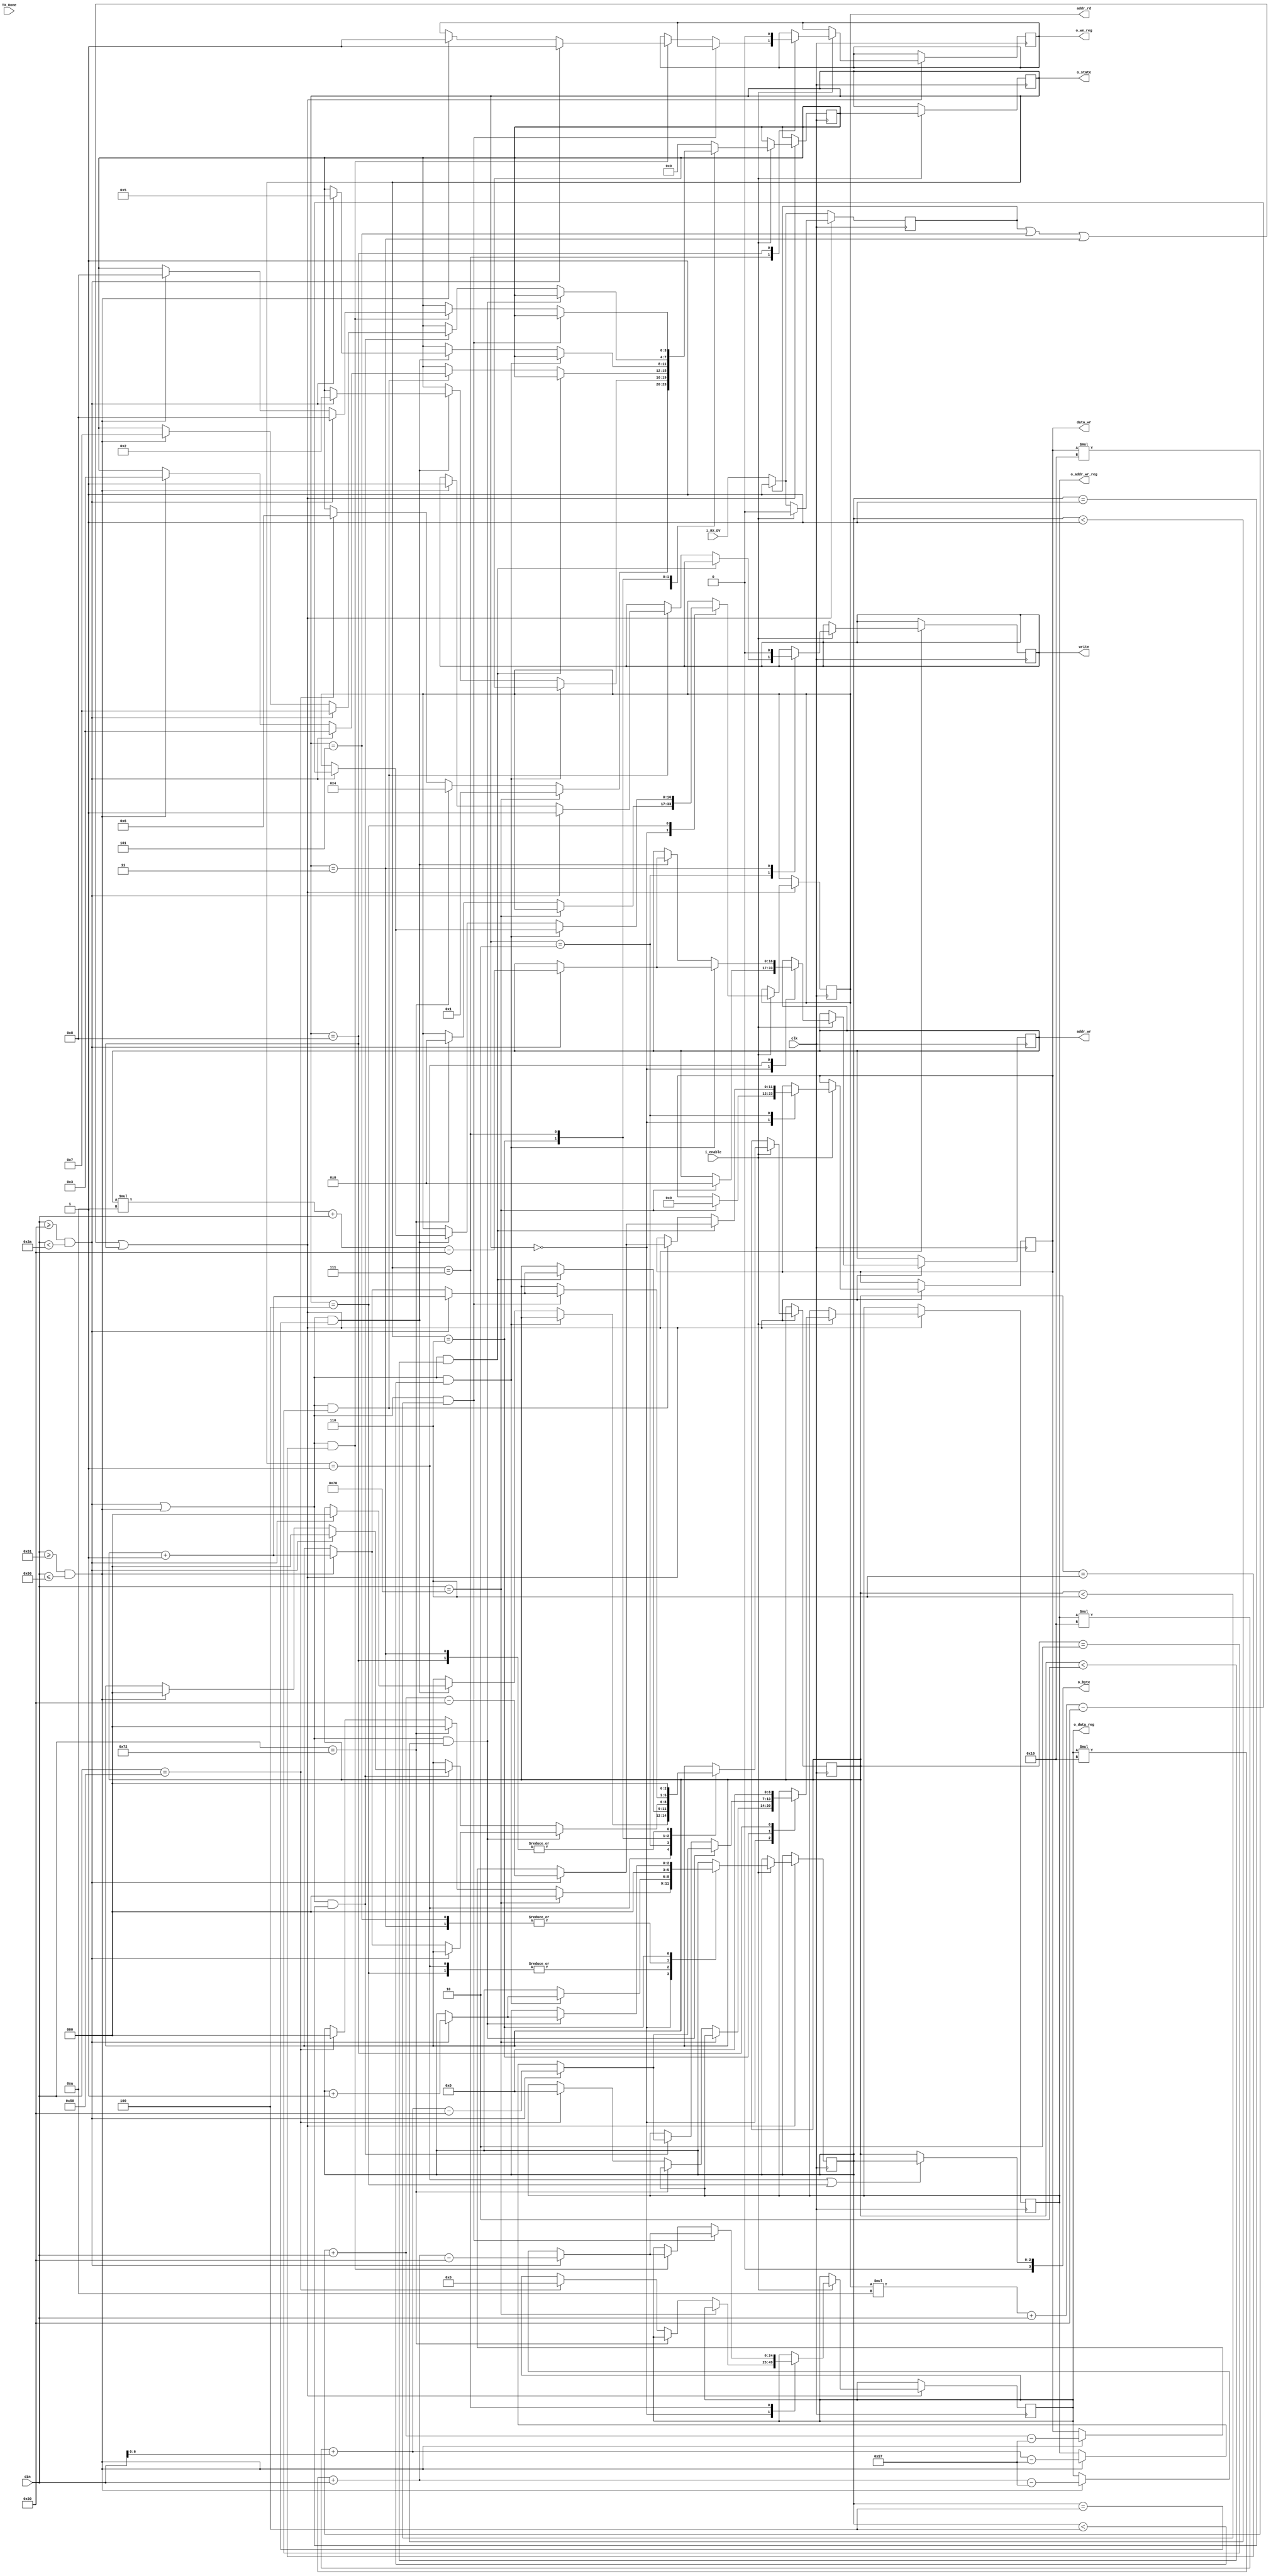
//  Address are in decimal
//  value of memory in hex
// 
// 
module com_to_mem_FSM#( parameter
    ADDR_WIDTH = 17, 
    DATA_WIDTH = 12, 
    DEPTH =  76_800,
    SIZE = 4           // size for for registers FSM
)(
    input clk,
    input i_enable,
    input [7:0] din,
    input TX_Done,
    input i_RX_DV,
    output [3:0] o_state,
    output [3:0] o_byte,
    output [ADDR_WIDTH-1:0] addr_wr,
    output [ADDR_WIDTH-1:0] addr_rd,   
    output [DATA_WIDTH-1:0] data_wr,
    output write,
    // output for writing to register memory
    output [6:0]            o_addr_wr_reg,
    output [24:0]           o_data_reg,
    output                  o_we_reg
    
    );

//-------------Internal Constants---------------------------
localparam [SIZE-1:0]   IDLE            = 'h0,
                        GET_ADDR_W      = 'h1,
                        GET_VALUE_W     = 'h2,
                        WRITE_MEM       = 'h3,
                        GET_ADDR_R      = 'h4,
                        READ_MEM        = 'h5,
                        GET_ADDR_W_REG  = 'h6,
                        GET_VALUE_W_REG = 'h7,
                        WRITE_MEM_REG   = 'h8;

reg [SIZE-1:0]          r_state=IDLE, 
                        r_next=IDLE;
reg [2:0]               r_addr_byte     = 3'h0;
reg [2:0]               r_value_byte    = 3'h0;
reg                     r_RX_DV         = 1'b0;
reg                     r_RX_DV_OLD     = 1'b0;
reg                     r_RX_DV_done    = 1'b0;
//  reg for main memory
reg [ADDR_WIDTH-1:0]    r_addr_wr       = 'b0;
reg [ADDR_WIDTH-1:0]    r_addr_rd       = 'b0;
reg [DATA_WIDTH-1:0]    r_data_wr       = 'b0;
reg                     r_write         = 1'b0;
//  reg for register memory
reg [6:0]               r_addr_wr_reg   = 'b0;
reg [24:0]              r_data_reg      = 'b0;
reg                     r_we_reg        = 1'b0;

//---------state register sequential always block-----------
always @(posedge clk ) begin
    if (i_enable) begin
        r_state <= r_next;
    end 
end
//----next state & outputs, combinational always block------

always@(posedge clk) begin

   if ( r_RX_DV == 0 ) begin
        r_RX_DV <= i_RX_DV;
   end

if (r_RX_DV || r_state == READ_MEM || r_state == WRITE_MEM || r_state == WRITE_MEM_REG ) begin
if (i_enable) begin
  case(r_state)
    IDLE :  begin
                if (din==8'h70  && r_RX_DV_OLD == 1'b0   )      // if  p
                    begin
                        r_next <= GET_ADDR_W;
                        r_addr_byte <= 'h0;
                        r_data_wr <= 'h0;
                        r_addr_wr <= 'h0;                       
                    end
                else if (din==8'h72 && r_RX_DV_OLD == 1'b0   )  // if  r
                    begin
                        r_next <= GET_ADDR_R;
                        r_addr_byte <= 'h0;
                        r_addr_rd <= 'h0;
                    end
                else if (din==8'h50 && r_RX_DV_OLD == 1'b0   )  // if  P
                    begin
                        r_next <= GET_ADDR_W_REG;
                        r_addr_byte <= 'h0;
                        r_addr_wr_reg <= 'h0;
                        r_data_reg <= 'h0;
                    end
            end
    GET_ADDR_W : begin
                if (r_RX_DV_OLD == 1'b0   &&
                    ((din >= 8'h30 && din < 8'h3A) ||          // if 0-9
                    (din >= 8'h61 && din <= 8'h66) )           // if a-f
                    && r_addr_byte < 'h4 )
                    begin
                        if (din >= 8'h30 && din < 8'h3A) begin             // if 0-9
                            r_addr_wr = r_addr_wr * 'd10 + din - 'h30 ;
                            r_addr_byte <= r_addr_byte + 1;
                        end
                        
                    end
                else if
                   (r_RX_DV_OLD == 1'b0   &&
                    ((din >= 8'h30 && din < 8'h3A) ||          // if 0-9
                    (din >= 8'h61 && din <= 8'h66) )           // if a-f
                    && r_addr_byte == 'h4)
                    begin
                        if (din >= 8'h30 && din < 8'h3A) begin             // if 0-9
                            r_addr_wr = r_addr_wr * 'd10 + din - 'h30 ;
                            r_value_byte <= 'b0;
                            r_next <= GET_VALUE_W;
                        end
                                            
                    end
            end
    GET_VALUE_W : begin
                if (r_RX_DV_OLD == 1'b0    &&
                    ((din >= 8'h30 && din < 8'h3A) ||          // if 0-9
                    (din >= 8'h61 && din <= 8'h66) )           // if a-f
                    && r_value_byte < 'd2 )
                    begin
                        if (din >= 8'h30 && din < 8'h3A) begin             // if 0-9
                            r_data_wr = r_data_wr * 'h10 + din - 'h30 ;
                            r_value_byte <= r_value_byte + 1;
                        end
                        else if (din >= 8'h61 && din <= 8'h66) begin       // if a-f
                            r_data_wr = r_data_wr * 'h10 + din - 'h57 ;
                            r_value_byte <= r_value_byte + 1;
                        end
                    end
                else if
                   (r_RX_DV_OLD == 1'b0    &&
                    ((din >= 8'h30 && din < 8'h3A) ||          // if 0-9
                    (din >= 8'h61 && din <= 8'h66) )           // if a-f
                    && r_value_byte == 'd2)
                    begin
                        if (din >= 8'h30 && din < 8'h3A) begin             // if 0-9
                            r_data_wr = r_data_wr * 'h10 + din - 'h30 ;
                            r_write <= 1'b1;
                            r_next <= WRITE_MEM;
                        end
                        else if (din >= 8'h61 && din <= 8'h66) begin       // if a-f
                            r_data_wr = r_data_wr * 'h10 + din - 'h57 ;
                            r_write <= 1'b1;
                            r_next <= WRITE_MEM;
                        end
                    end
            end
    WRITE_MEM : begin
                    r_write <= 1'b0;
                    r_addr_byte <= 0;
                    r_value_byte <= 0;
                    r_next <= IDLE;
                end

    GET_ADDR_R : begin 
                if (r_RX_DV_OLD == 1'b0    &&
                    ((din >= 8'h30 && din < 8'h3A) ||          // if 0-9
                    (din >= 8'h61 && din <= 8'h66) )           // if a-f
                    && r_addr_byte < 'h4 )
                    begin
                        if (din >= 8'h30 && din < 8'h3A) begin             // if 0-9
                            r_addr_rd = r_addr_rd * 'd10 + din - 'h30 ;
                            r_addr_byte <= r_addr_byte + 1;
                        end
                       
                    end
                else if
                   (r_RX_DV_OLD == 1'b0   &&
                    ((din >= 8'h30 && din < 8'h3A) ||          // if 0-9
                    (din >= 8'h61 && din <= 8'h66) )           // if a-f
                    && r_addr_byte == 'h4)
                    begin
                        if (din >= 8'h30 && din < 8'h3A) begin             // if 0-9
                            r_addr_rd = r_addr_rd * 'd10 + din - 'h30 ;
                            r_next <= READ_MEM;
                        end
                        
                    end
            end
        
    READ_MEM : begin
        r_next <= IDLE;
        r_addr_byte <= 0;
    end
// wrinting in register memory
    GET_ADDR_W_REG : begin
                if (r_RX_DV_OLD == 1'b0   &&
                    ((din >= 8'h30 && din < 8'h3A) ||          // if 0-9
                    (din >= 8'h61 && din <= 8'h66) )           // if a-f
                    && r_addr_byte < 'h1 )
                    begin
                        if (din >= 8'h30 && din < 8'h3A) begin             // if 0-9
                            r_addr_wr_reg = r_addr_wr_reg * 'h10 + din - 'h30 ;
                            r_addr_byte <= r_addr_byte + 1;
                        end
                        else if (din >= 8'h61 && din <= 8'h66) begin       // if a-f
                            r_addr_wr_reg = r_addr_wr_reg * 'h10 + din - 'h57 ;
                            r_value_byte <= r_value_byte + 1;
                        end
                    end
                else if
                   (r_RX_DV_OLD == 1'b0   &&
                    ((din >= 8'h30 && din < 8'h3A) ||          // if 0-9
                    (din >= 8'h61 && din <= 8'h66) )           // if a-f
                    && r_addr_byte == 'h1)
                    begin
                        if (din >= 8'h30 && din < 8'h3A) begin             // if 0-9
                            r_addr_wr_reg = r_addr_wr_reg * 'h10 + din - 'h30 ;
                            r_value_byte <= 'b0;
                            r_next <= GET_VALUE_W_REG;
                        end
                        else if (din >= 8'h61 && din <= 8'h66) begin       // if a-f
                            r_addr_wr_reg = r_addr_wr_reg * 'h10 + din - 'h57 ;
                            r_value_byte <= 'b0;
                            r_next <= GET_VALUE_W_REG;
                        end                    
                    end
            end
    GET_VALUE_W_REG : begin
                if (r_RX_DV_OLD == 1'b0    &&
                    ((din >= 8'h30 && din < 8'h3A) ||          // if 0-9
                    (din >= 8'h61 && din <= 8'h66) )           // if a-f
                    && r_value_byte < 'd6 )
                    begin
                        if (din >= 8'h30 && din < 8'h3A) begin             // if 0-9
                            r_data_reg = r_data_reg * 'h10 + din - 'h30 ;
                            r_value_byte <= r_value_byte + 1;
                        end
                        else if (din >= 8'h61 && din <= 8'h66) begin       // if a-f
                            r_data_reg = r_data_reg * 'h10 + din - 'h57 ;
                            r_value_byte <= r_value_byte + 1;
                        end
                    end
                else if
                   (r_RX_DV_OLD == 1'b0    &&
                    ((din >= 8'h30 && din < 8'h3A) ||          // if 0-9
                    (din >= 8'h61 && din <= 8'h66) )           // if a-f
                    && r_value_byte == 'd6)
                    begin
                        if (din >= 8'h30 && din < 8'h3A) begin             // if 0-9
                            r_data_reg = r_data_reg * 'h10 + din - 'h30 ;
                            r_we_reg <= 1'b1;
                            r_next <= WRITE_MEM_REG;
                        end
                        else if (din >= 8'h61 && din <= 8'h66) begin       // if a-f
                            r_data_reg = r_data_reg * 'h10 + din - 'h57 ;
                            r_we_reg <= 1'b1;
                            r_next <= WRITE_MEM_REG;
                        end
                    end
            end
    WRITE_MEM_REG : begin
                    r_we_reg <= 1'b0;
                    r_addr_wr_reg <= 1'b0;
                    r_value_byte <= 1'b0;
                    r_next <= IDLE;
                end
    default: r_next <= IDLE;          // on error
  endcase
r_RX_DV <= 'b0;
end
end
end
//-------------------- assignning combionational logic----------------------------
    assign write = r_write;
    assign addr_wr = r_addr_wr  ;
    assign data_wr = r_data_wr ;
    assign addr_rd = r_addr_rd ;
    assign o_state = r_state;
    assign o_byte = (r_state == 'h1 || r_state == 'h4 ) ? r_addr_byte : r_value_byte;

    assign o_addr_wr_reg = r_addr_wr_reg;
    assign o_data_reg = r_data_reg;
    assign o_we_reg = r_we_reg;

endmodule